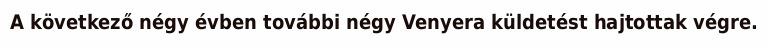
A következő négy évben további négy Venyera küldetést hajtottak végre.